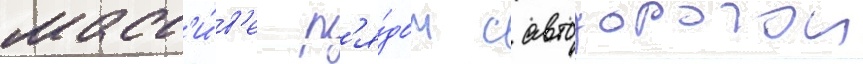
масс'и́в'е р'я́дом с автодорогои